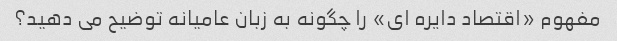
مفهوم «اقتصاد دایره ای» را چگونه به زبان عامیانه توضیح می دهید؟